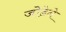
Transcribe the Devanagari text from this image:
जोडेने